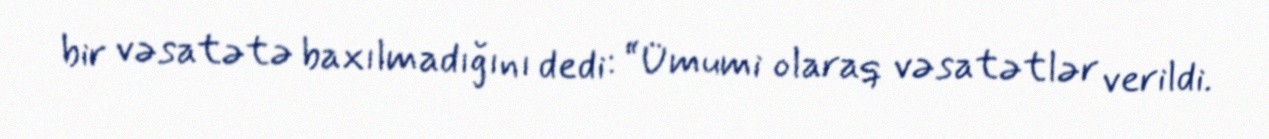
bir vəsatətə baxılmadığını dedi: “Ümumi olaraq vəsatətlər verildi.